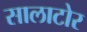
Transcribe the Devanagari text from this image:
सालाटोर